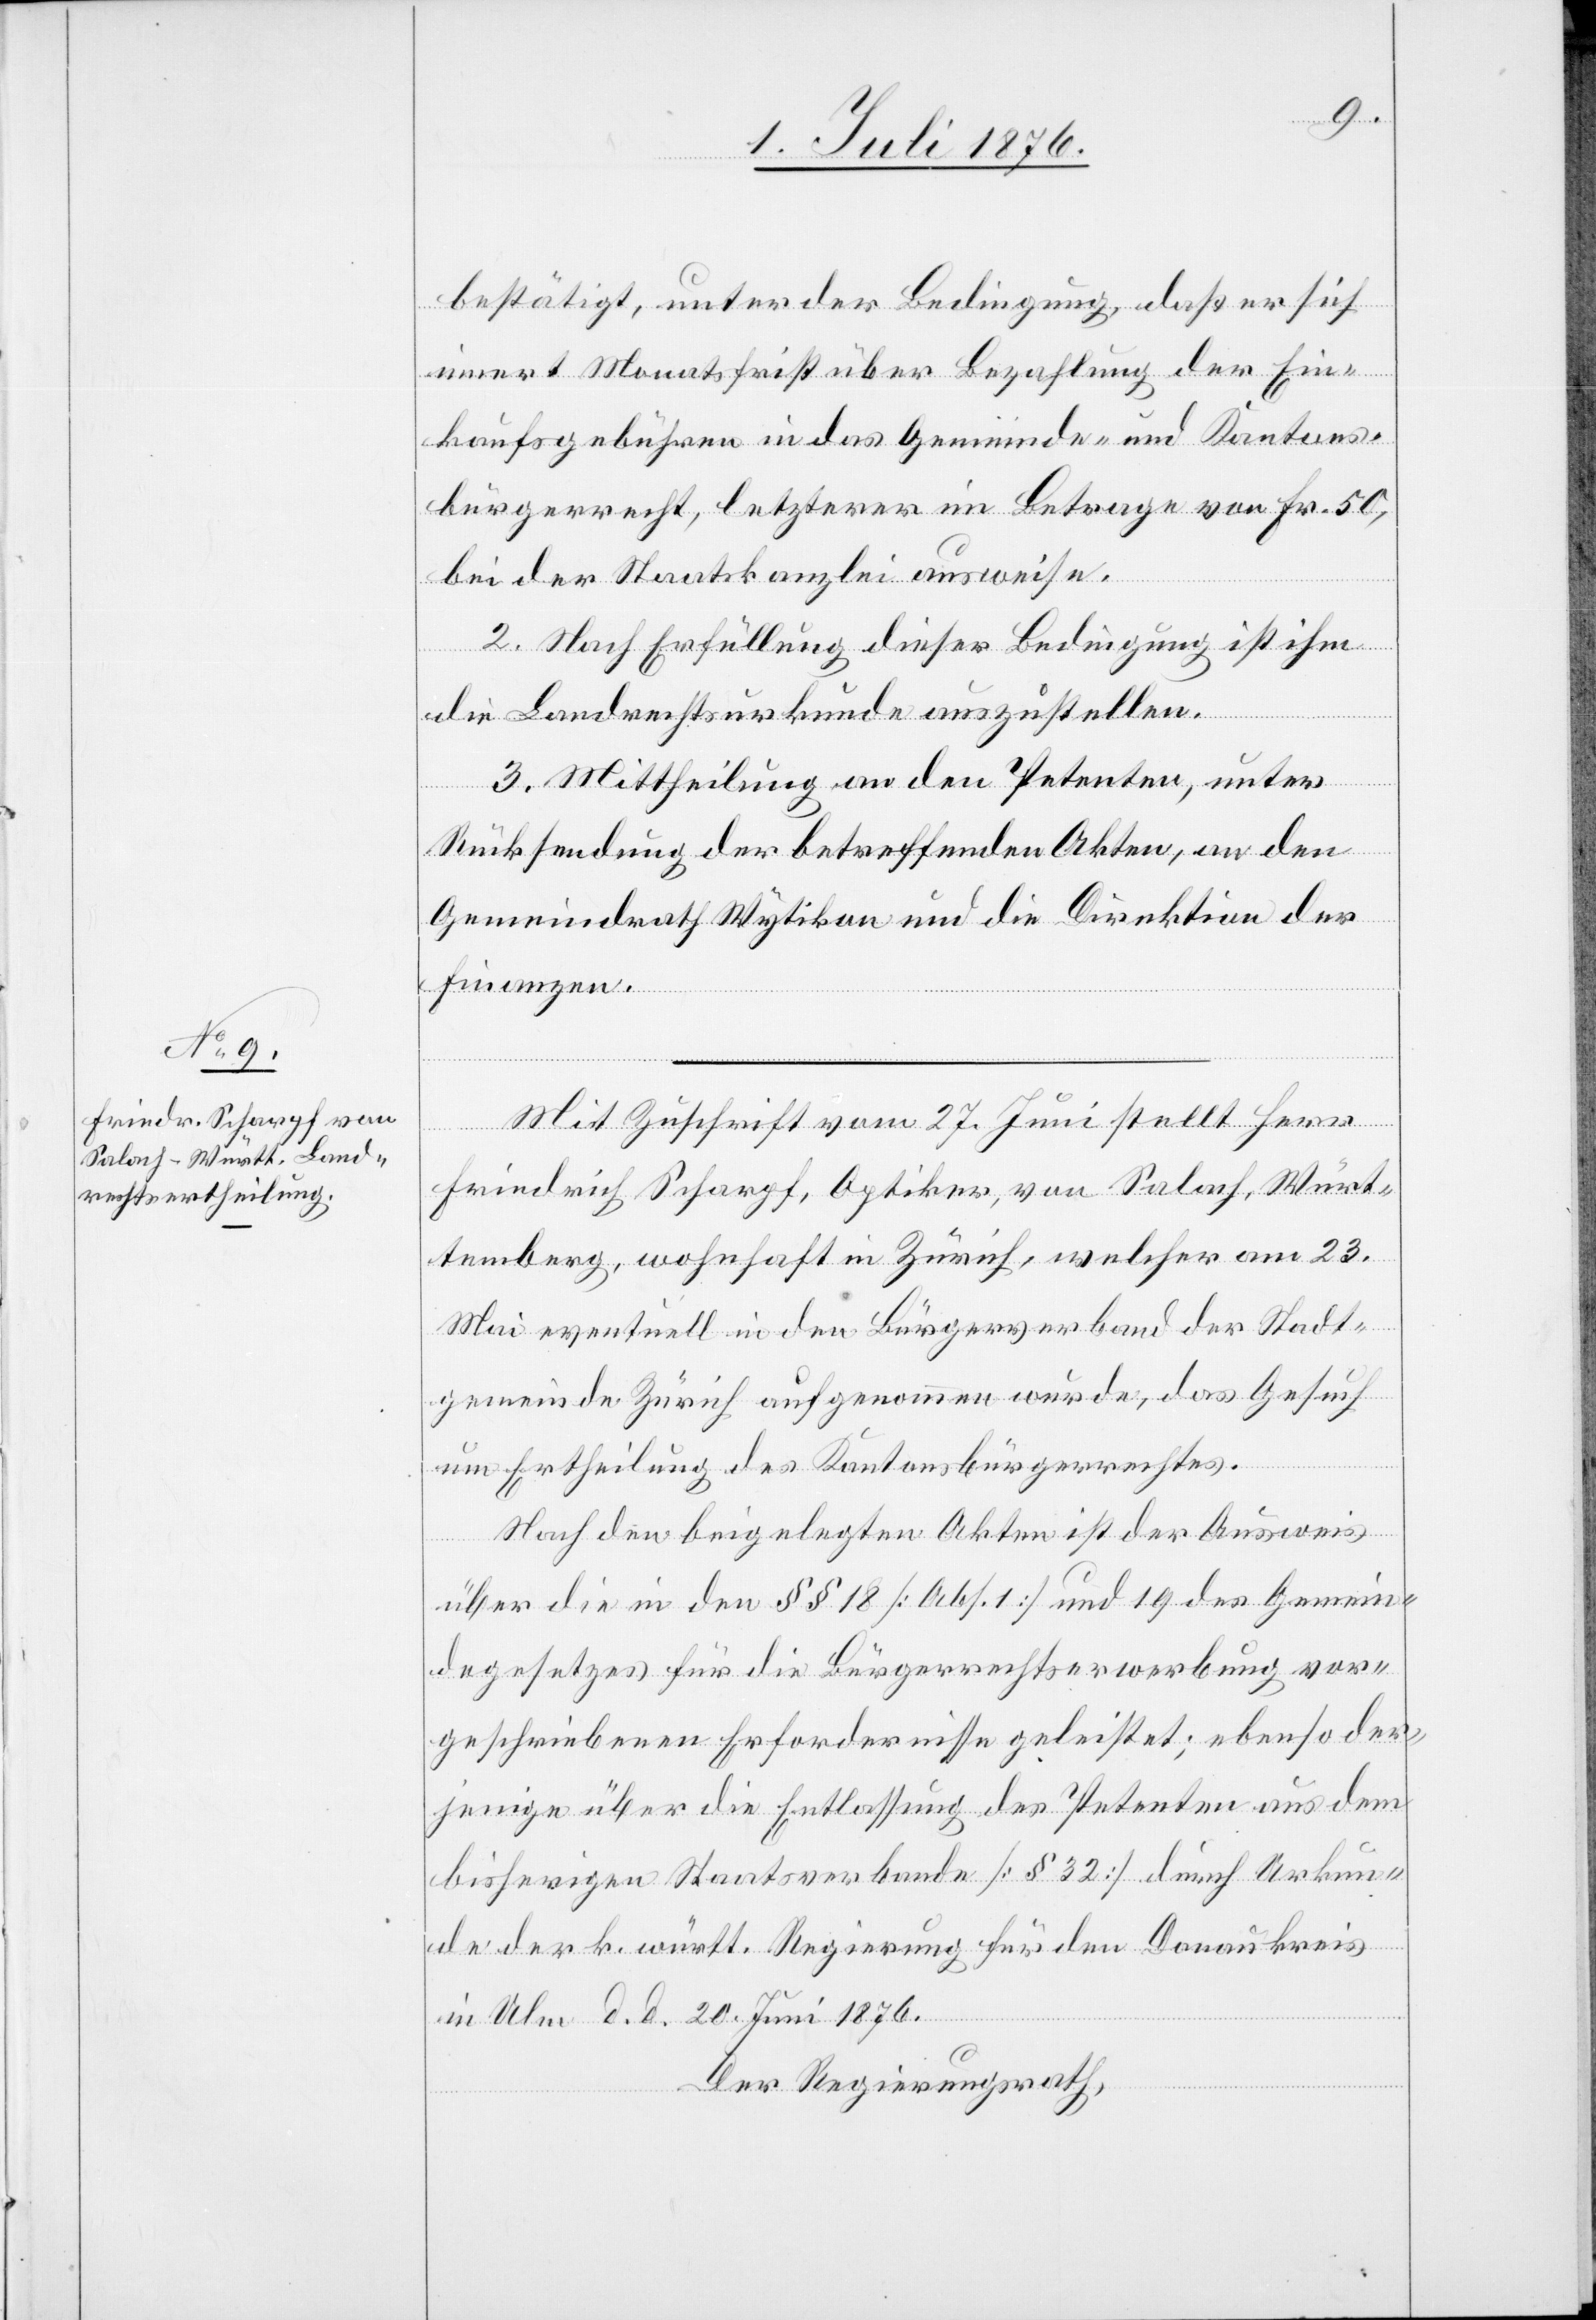
bestätigt, unter der Bedingung, daß er sich
innert Monatsfrist über Bezahlung der Ein¬
kaufsgebühren in das Gemeinde- und Kantons¬
bürgerrecht, letzterer im Betrage von Fr. 50,
bei der Staatskanzlei ausweise.
2. Nach Erfüllung dieser Bedingung ist ihm
die Landrechtsurkunde auszustellen.
3. Mittheilung an den Petenten, unter
Rücksendung der betreffenden Akten, an den
Gemeindrath Wytikon und die Direktion der
Finanzen.
Mit Zuschrift vom 27. Juni stellt Herr
Friedrich Scharpf, Optiker, von Salach, Würt¬
temberg, wohnhaft in Zürich, welcher am 23.
Mai eventuell in den Bürgerverband der Stadt¬
gemeinde Zürich aufgenommen wurde, das Gesuch
um Ertheilung des Kantonsbürgerrechtes.
Nach den beigelegten Akten ist der Ausweis
über die in den §§ 18 [Abs. 1] und 19 des Gemein¬
degesetzes für die Bürgerrechtserwerbung vor¬
geschriebenen Erfordernisse geleistet; ebenso der¬
jenige über die Entlassung des Petenten aus dem
bisherigen Staatsverbande [§ 32] durch Urkun¬
de der k. württ. Regierung für den Donaukreis
in Ulm d. d. 20. Juni 1876.
Der Regierungsrath,